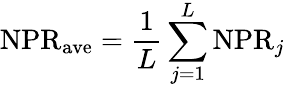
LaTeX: \mathrm{NPR}_{\mathrm{ave}}=\frac{1}{L}\sum_{j=1}^{L}\mathrm{NPR}_{j}